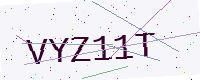
Text: VYZ11T